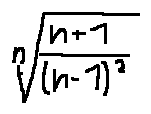
\sqrt [ n ] { \frac { n + 1 } { ( n - 1 ) ^ { 2 } } }